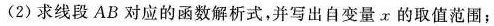
(2) 求线段 AB 对应的函数解析式，并写出自变量 x 的取值范围；